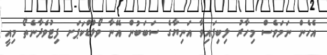
އެހެން ނަމަވެސް މިހާރު ލިބިފައިވާ އަނިޔާގެ ސަބަބުން އޭނާ ވޯލްޑްކަޕަށ ފިޓުވެދާނެތޯ މިއީ